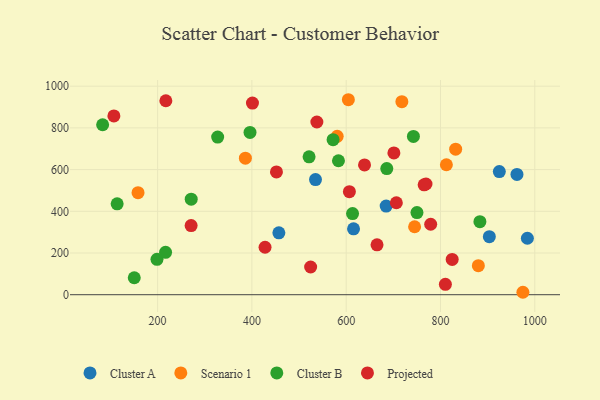
{"axis": {"x": "Distance", "y": "Exam Score"}, "legend": ["Cluster A", "Cluster B", "Projected", "Scenario 1"], "data": [{"x": "924.8", "y": 590.5, "type": "Cluster A"}, {"x": "684.8", "y": 425.1, "type": "Cluster A"}, {"x": "457.2", "y": 296.8, "type": "Cluster A"}, {"x": "534.9", "y": 552.0, "type": "Cluster A"}, {"x": "962.2", "y": 576.8, "type": "Cluster A"}, {"x": "984.3", "y": 270.7, "type": "Cluster A"}, {"x": "903.6", "y": 278.5, "type": "Cluster A"}, {"x": "615.6", "y": 315.9, "type": "Cluster A"}, {"x": "386.2", "y": 654.6, "type": "Scenario 1"}, {"x": "745.1", "y": 325.8, "type": "Scenario 1"}, {"x": "880.3", "y": 139.2, "type": "Scenario 1"}, {"x": "974.8", "y": 11.7, "type": "Scenario 1"}, {"x": "158.5", "y": 489.1, "type": "Scenario 1"}, {"x": "604.6", "y": 935.0, "type": "Scenario 1"}, {"x": "812.5", "y": 623.2, "type": "Scenario 1"}, {"x": "718.1", "y": 925.5, "type": "Scenario 1"}, {"x": "832.2", "y": 697.9, "type": "Scenario 1"}, {"x": "580.9", "y": 759.6, "type": "Scenario 1"}, {"x": "198.7", "y": 169.8, "type": "Cluster B"}, {"x": "83.4", "y": 815.0, "type": "Cluster B"}, {"x": "327.4", "y": 755.9, "type": "Cluster B"}, {"x": "150.5", "y": 81.4, "type": "Cluster B"}, {"x": "271.3", "y": 458.2, "type": "Cluster B"}, {"x": "883.6", "y": 350.2, "type": "Cluster B"}, {"x": "572.2", "y": 743.5, "type": "Cluster B"}, {"x": "583.6", "y": 642.4, "type": "Cluster B"}, {"x": "114.2", "y": 435.7, "type": "Cluster B"}, {"x": "742.6", "y": 759.2, "type": "Cluster B"}, {"x": "613.5", "y": 389.3, "type": "Cluster B"}, {"x": "396.0", "y": 778.3, "type": "Cluster B"}, {"x": "686.1", "y": 604.8, "type": "Cluster B"}, {"x": "750.1", "y": 393.9, "type": "Cluster B"}, {"x": "216.9", "y": 203.5, "type": "Cluster B"}, {"x": "521.3", "y": 661.1, "type": "Cluster B"}, {"x": "107.3", "y": 857.4, "type": "Projected"}, {"x": "427.9", "y": 227.7, "type": "Projected"}, {"x": "217.5", "y": 930.1, "type": "Projected"}, {"x": "701.2", "y": 679.7, "type": "Projected"}, {"x": "452.1", "y": 589.0, "type": "Projected"}, {"x": "779.2", "y": 337.8, "type": "Projected"}, {"x": "524.6", "y": 132.8, "type": "Projected"}, {"x": "401.2", "y": 918.8, "type": "Projected"}, {"x": "824.8", "y": 169.1, "type": "Projected"}, {"x": "271.1", "y": 331.3, "type": "Projected"}, {"x": "769.3", "y": 530.8, "type": "Projected"}, {"x": "665.4", "y": 239.1, "type": "Projected"}, {"x": "810.4", "y": 49.6, "type": "Projected"}, {"x": "537.8", "y": 828.2, "type": "Projected"}, {"x": "765.3", "y": 526.8, "type": "Projected"}, {"x": "638.9", "y": 622.4, "type": "Projected"}, {"x": "606.8", "y": 494.0, "type": "Projected"}, {"x": "706.4", "y": 441.0, "type": "Projected"}]}